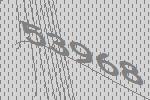
53968